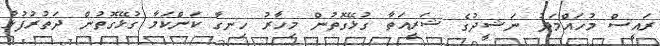
ރައީސް މުހައްމަދު ނަޝީދުގެ ޝަރީއަތާ ގުޅޭގޮތުން މިހާރު ހިނގާ ކަންކަމާ ގުޅޭގޮތުން ދަތުރުފުޅު